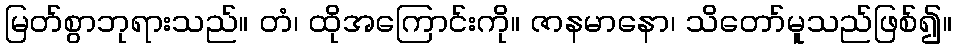
မြတ်စွာဘုရားသည်။ တံ၊ ထိုအကြောင်းကို။ ဇာနမာနော၊ သိတော်မူသည်ဖြစ်၍။